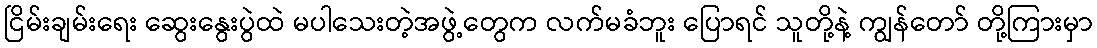
ငြိမ်းချမ်းရေး ဆွေးနွေးပွဲထဲ မပါသေးတဲ့အဖွဲ့တွေက လက်မခံဘူး ပြောရင် သူတို့နဲ့ ကျွန်တော် တို့ကြားမှာ